Madras plague regulations in force outside the Presidency town - Volume 2
Disease focus: Plague
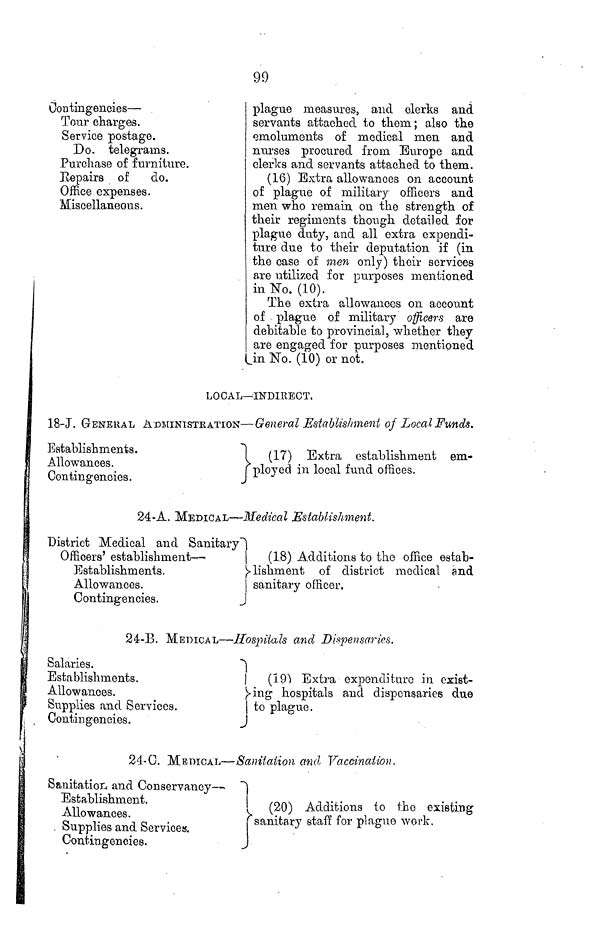
99
Contingencies —
Tour charges.
Service postage.
Do. telegrams.
Purchase of furniture.
Repairs of
do.
Office expenses.
Miscellaneous.
plague measures, and clerks and
servants attached to them; also the
emoluments of medical men and
nurses procured from Europe and
clerks and servants attached to them.
(16) Extra allowances on account
of plague of military officers and
men who remain on the strength of
their regiments though detailed for
plague duty, and all extra expendi-
ture due to their deputation if (in
the case of men only) their services
are utilized for purposes mentioned
in No. (10).
The extra allowances on account
of plague of military officers
are
debitable to provincial, whether they
are engaged for purposes mentioned
in No. (10) or not.
24-A. MEDICAL — Medical Establishment.
District Medical and Sanitary
Officers' establishment —
Establishments.
Allowances.
Contingencies.
|
(18) Additions to the office estab-
lishment
of district medical and
sanitary officer.
24-B. MEDICAL — Hospitals and Dispensaries.
Salaries.
Establishments.
Allowances.
Supplies and Services.
Contingencies.
(19) Extra expenditure in exist-
ing hospitals and dispensaries due
to plague.
24-C. MEDICAL — Sanitation and Vaccination,
Sanitation and Conservancy —
Establishment.
Allowances.
Supplies and Services.
Contingencies.
(20) Additions to the existing
sanitary staff for plague work.
LOCAL— INDIRECT.
18-J. GENERAL ADMINISTRATIONS — General Establishment of Local Funds.
Establishments.
Allowances.
Contingencies.
(17) Extra establishment em-
ployed in local fund offices.